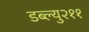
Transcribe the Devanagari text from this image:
डब्ल्यु२११